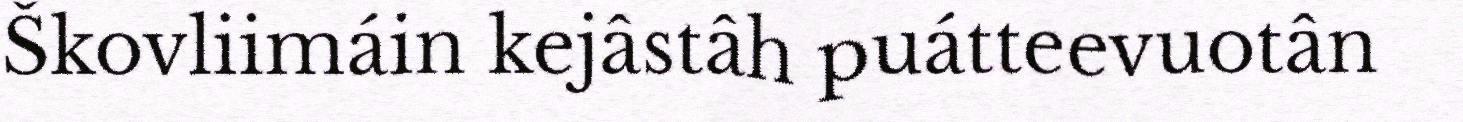
Škovliimáin kejâstâh puátteevuotân